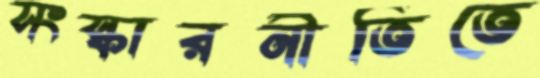
সংস্কারনীতিতে